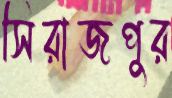
সিরাজপুর